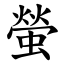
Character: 螢